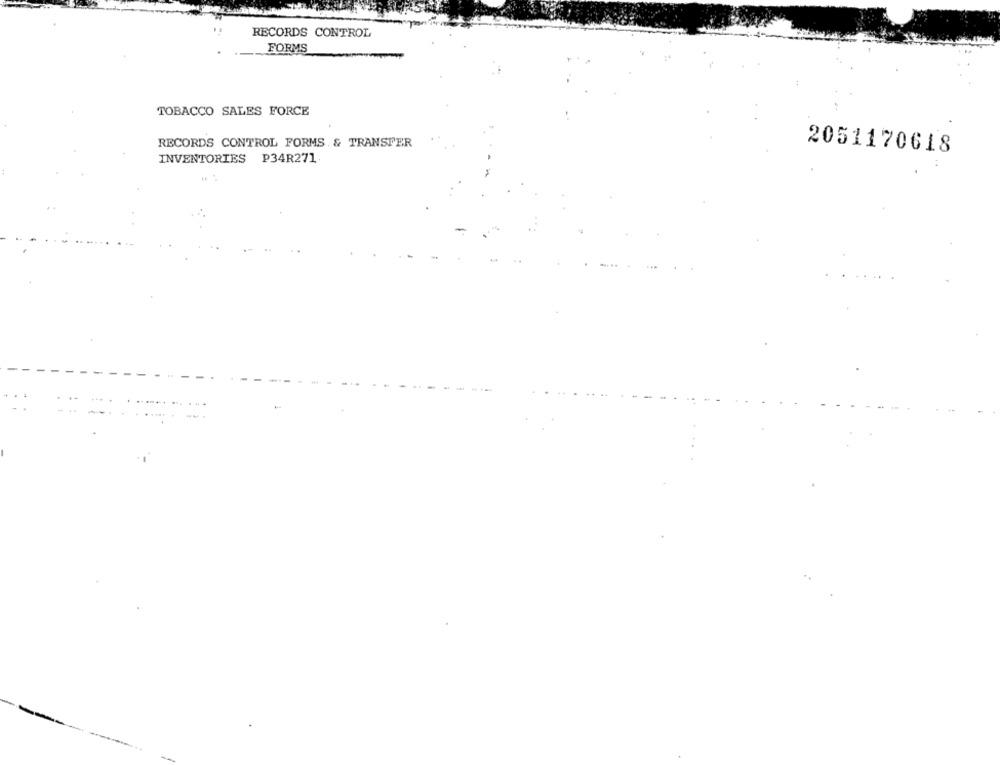
RECORDS CONTROL
FORMS
TOBACCO SALES FORCE
RECORDS CONTROL FORMS. & TRANSFER
2051170618
INVENTORIES P34R271